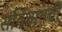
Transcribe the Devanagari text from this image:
संविधानची